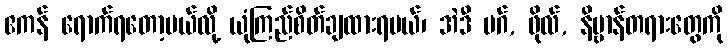
ဧကန် ရောက်ရတော့မယ်လို့ ယုံကြည်စိတ်ချထားရမယ်၊ အဲဒီ မဂ်, ဖိုလ်, နိဗ္ဗာန်တရားတွေကို